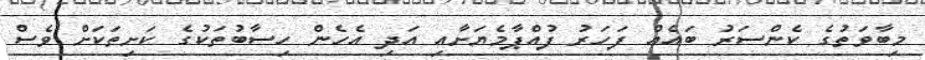
މިބާވަތުގެ ކެންސަރު ބައެއް ފަހަރު ފުއްޕާމެޔަށާއި އަދި އެހެން ހިސާބުތަކުގެ ކަށިތަކަށް ވެސް